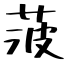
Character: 菠